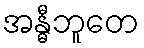
အန္ဓီဘူတေ